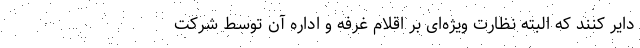
دایر کنند که البته نظارت ویژه­ای بر اقلام غرفه و اداره آن توسط شرکت